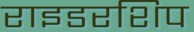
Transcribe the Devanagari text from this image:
राइडरशिप